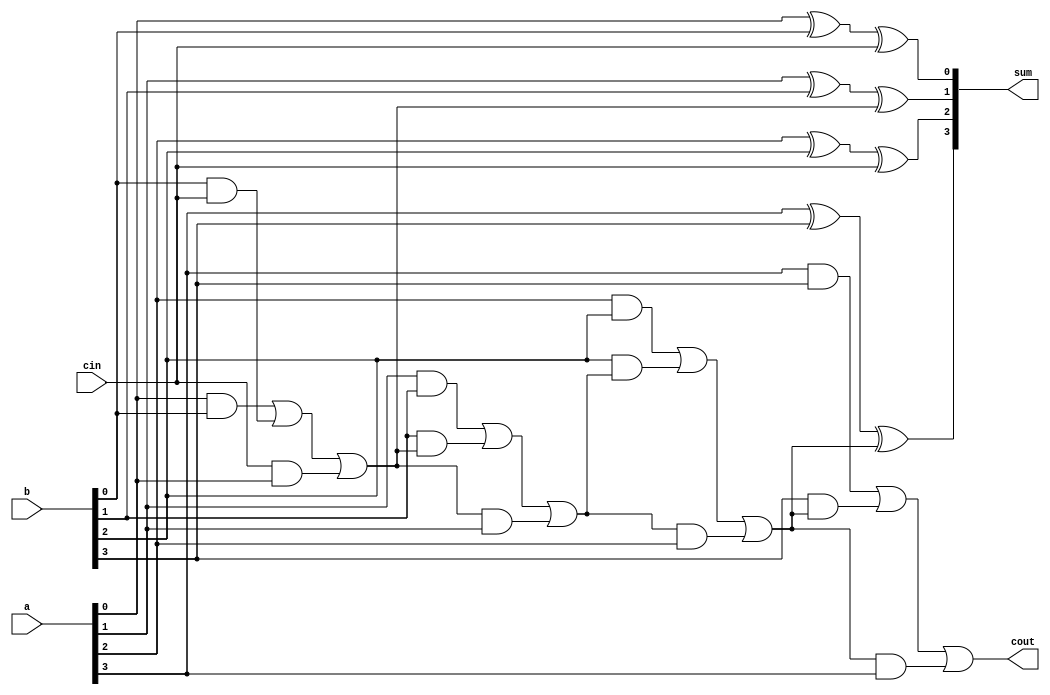
`timescale 1ns / 1ps
//////////////////////////////////////////////////////////////////////////////////
// Company: 
// Engineer: 
// 
// Design Name: 
// Module Name:    adld3 
// Project Name: 
// Target Devices: 
// Tool versions: 
// Description: 
//
// Dependencies: 
//
// Revision: 
// Revision 0.01 - File Created
// Additional Comments: 
//
//////////////////////////////////////////////////////////////////////////////////
module adld3(
input [3:0] a,
input [3:0] b,
input cin,
output reg [3:0] sum,
output reg cout
);
reg c0,c1,c2;
always@(a,b,cin)
begin
sum[0]=a[0]^b[0]^cin;
c0=(a[0]&b[0])|(b[0]&cin)|(cin&a[0]);
sum[1]=a[1]^b[1]^c0;
c1=(a[1]&b[1])|(b[1]&c0)|(c0&a[1]);
sum[2]=a[2]^b[2]^cin;
c2=(a[2]&b[2])|(b[2]&c1)|(c1&a[2]);
sum[3]=a[3]^b[3]^c2;
cout=(a[3]&b[3])|(b[3]&c2)|(c2&a[3]);
end
endmodule